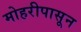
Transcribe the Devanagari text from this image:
मोहरीपासून